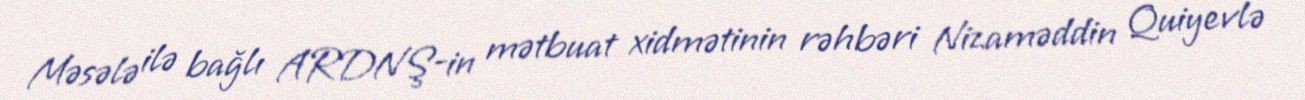
Məsələ ilə bağlı ARDNŞ-in mətbuat xidmətinin rəhbəri Nizaməddin Quiyevlə